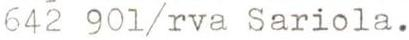
642 901/rva Sariola.